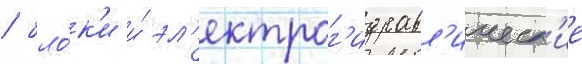
/ бло́к'и и́ эл'ектрог'идравл'ическ'ие